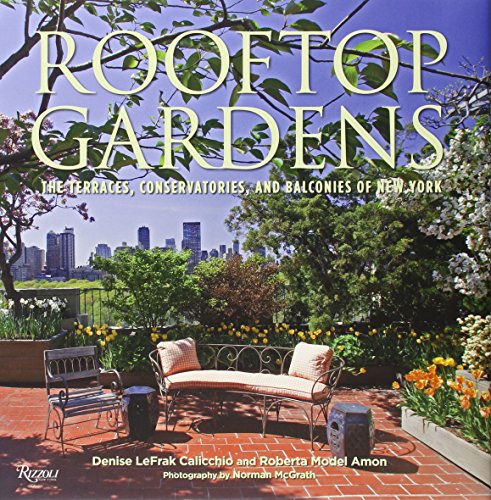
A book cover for Rooftop Gardens: The Terraces, Conservatories, and Balconies of New York; Denise LeFrak Calicchio; Crafts, Hobbies & Home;